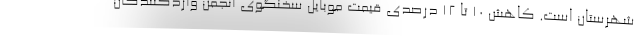
شهرستان است. کاهش 10 تا 12 درصدی قیمت موبایل سخنگوی انجمن واردکنندگان